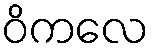
ဝိကလေ